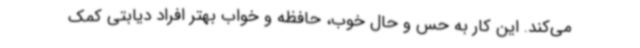
می‌کند. این کار به حس و حال خوب، حافظه و خواب بهتر افراد دیابتی کمک